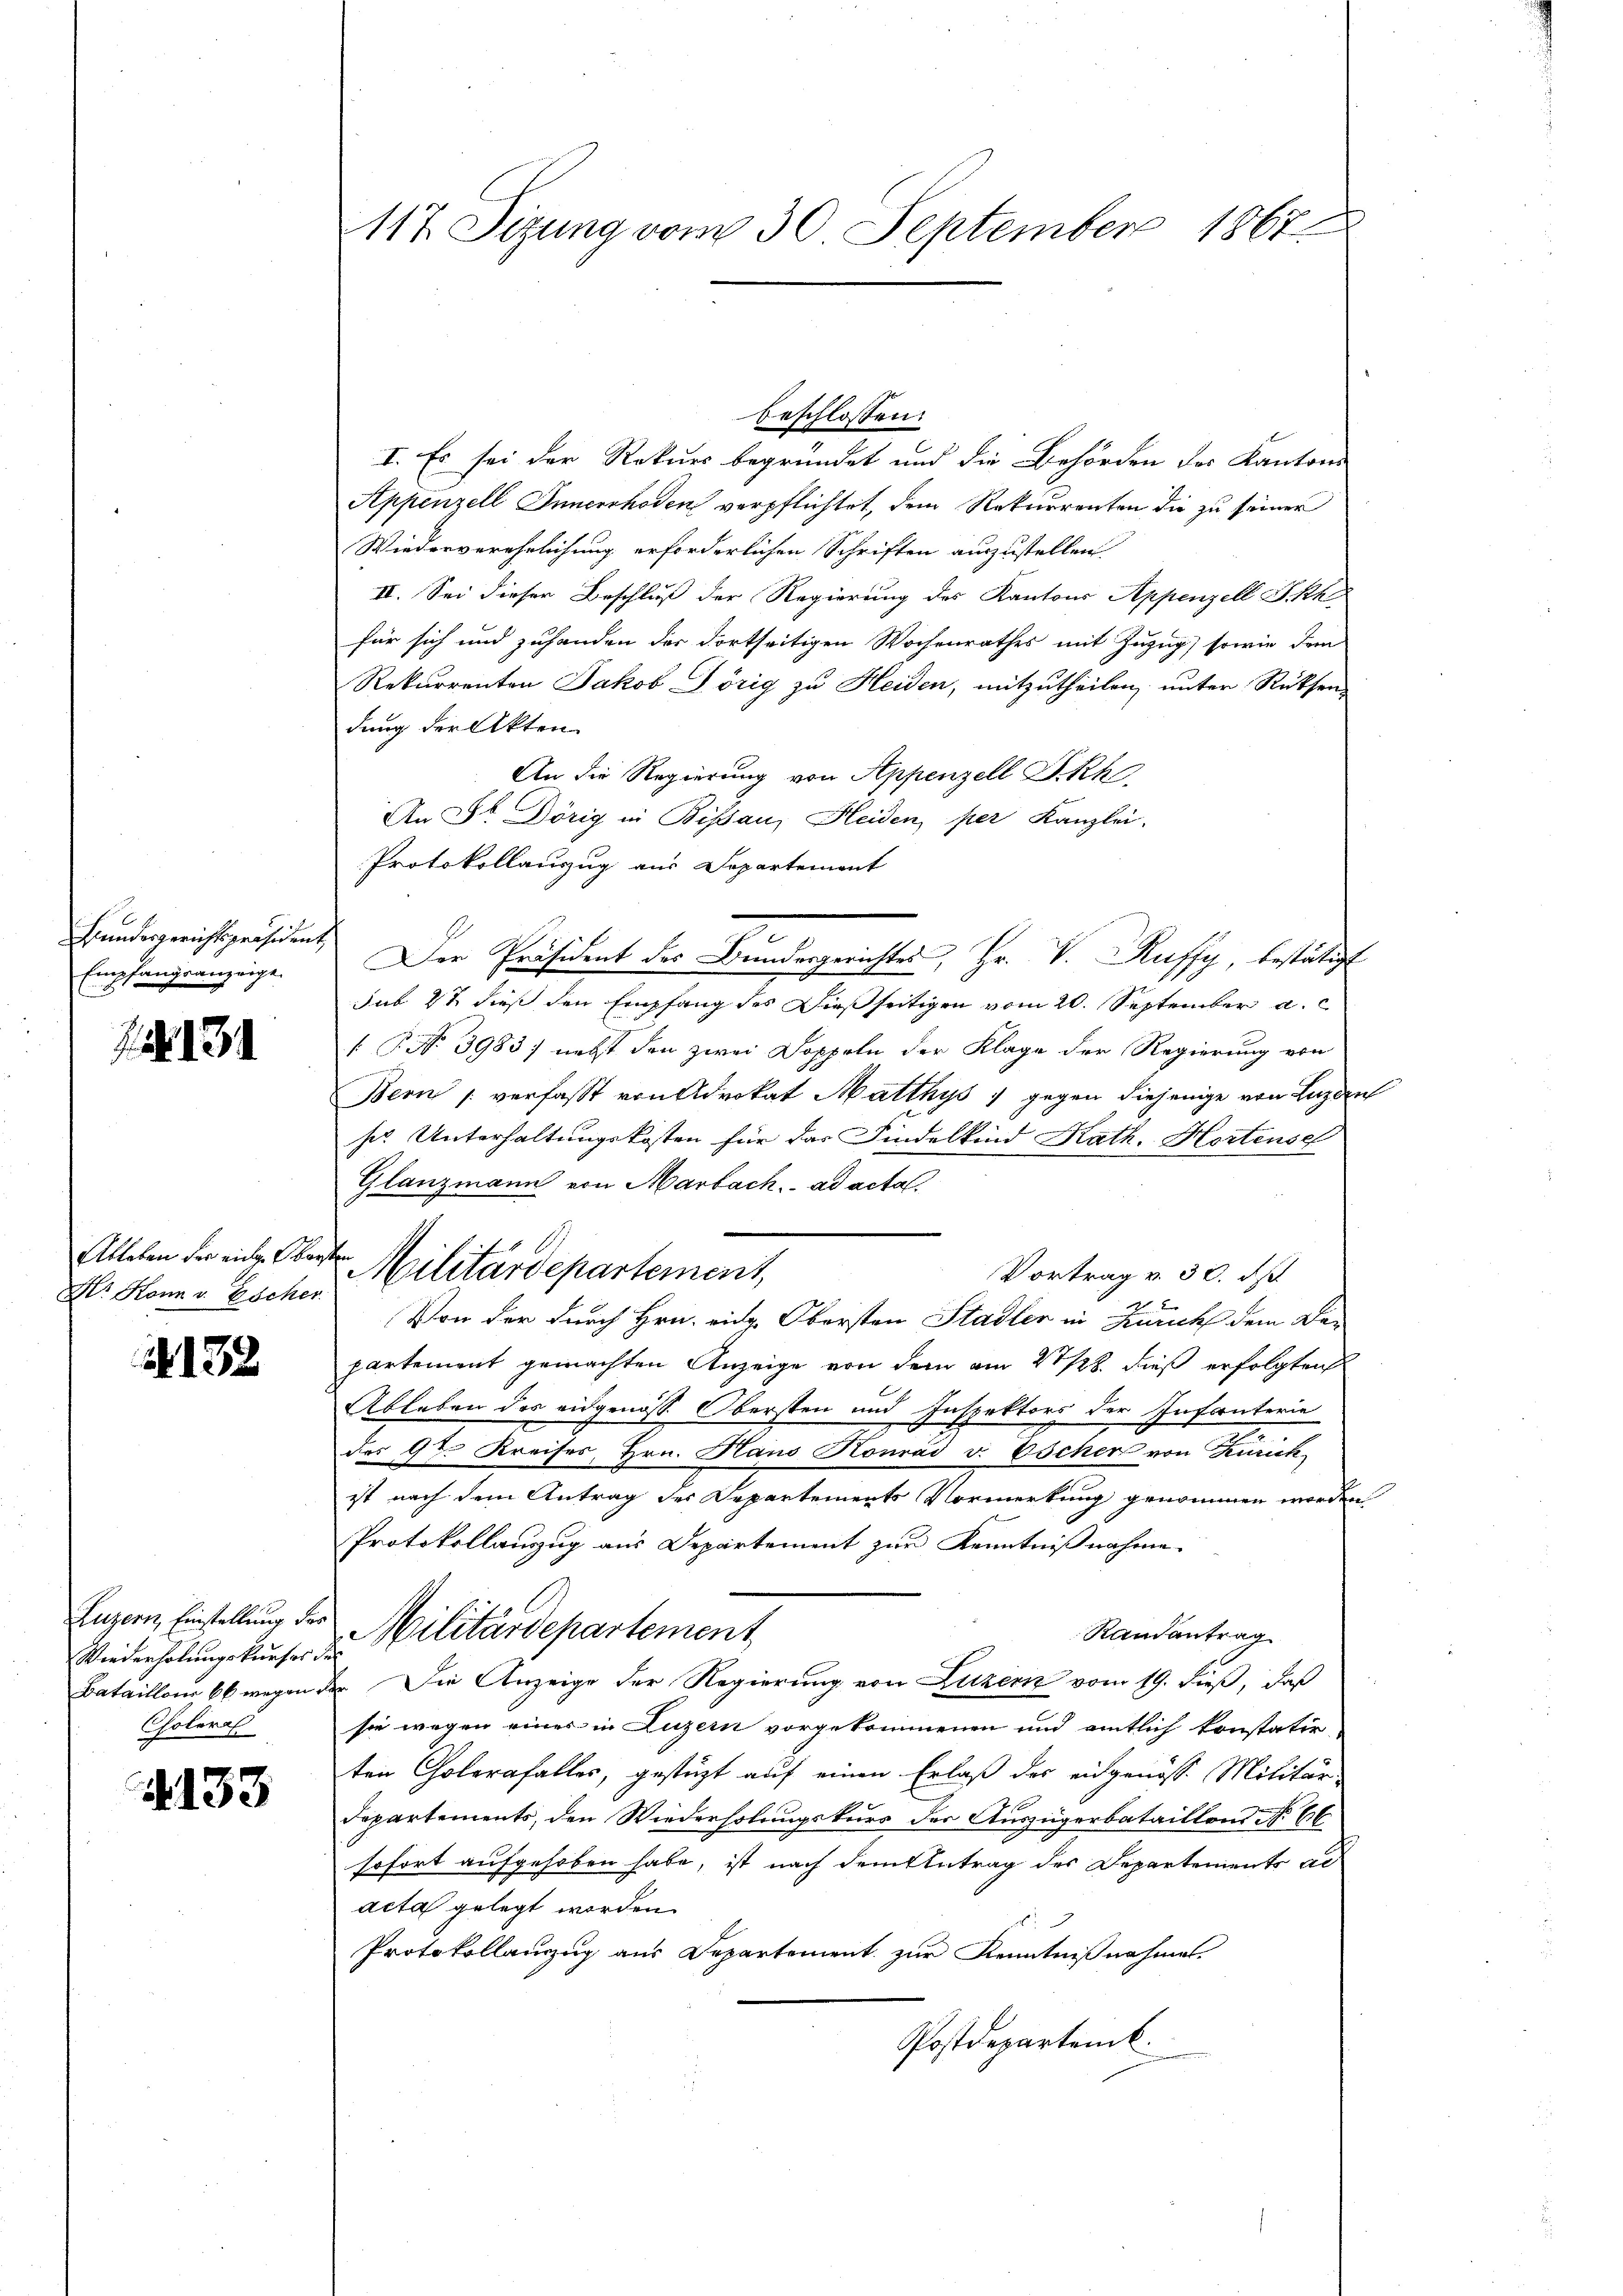
Bundesgerichtspräsident
Empfangsanzeige.

. 134

Ableben der eine Ober
Hr. Konn v. Escher

2132

Luzern, Einstellung der
Wiederholungskurses de
Bataillon 66 wegen d.
Choleral

4133

117. Sizung vom 30. September 1867

beschlossen:
I. Es sei der Rekurs begründet und die Behörden des Kantons
Appenzell Innerrhoden verpflichtet, dem Rekurrenten die zu seiner
Wiederverehelichung erforderlichen Schriften auszustellen.
IV. Sei dieser Beschluß der Regierung des Kantons Appenzell I.Rh
für sich und zuhanden der dortseitigen Wochenrathes mit Zuzug, sowie dem
Rekurrenten Jakob Törig zu Heiden, mitzutheilen, unter Rücksen
dung der Akten
An die Regierung von Appenzell I.Rh.
An Sr. Dörig in Bissan, Heiden, per Kanzlei.
Protokollauszug aus Departement
Der Präsident des Bundesgerichtes, Hr. V. Kuffy, bestätigt
sub 22 dieß den Empfang des Dießseitigen vom 20. September a.
 P. No 3983) nebst den zwei Doppeln der Klage der Regierung von
Bern verfasst von Advokat Matthys ; gegen diejenige von Luzern
her. Unterhaltungskosten für das Findelkind Kath. Hortense
Glanzmann von Marbach, ad acta.
.
Militärdepartement,
Vortrag v. 30. ds.
Von der durch Hrn. eid. Obersten Stadler in Zürich dem De-
partement gemachten Anzeige von dem am 27/28. dieß erfolgten
Ableben des eidgenoss Obersten und Inspektors der Infanterie
des 9t. Kreises, Hrn. Hans Konrad v. Escher von Zürich
ist nach dem Antrag des Departements Vormerkung genommen worden
Protokollanzug aus Departement zur Kenntnißnahme.
Militärdepartement
Randantrag
. Die Anzeige der Regierung von Luzern vom 19. dieß, daß
sie wegen eines in Luzern vorgekommenen und amtlich konstatir
ten Cholerafalles, gestüzt auf einen Erlaß des eidgenöss. Militär-
Departements, den Wiederholungskurs der Auszügerbataillons No 66.
sofort aufgehoben habe, ist nach dem Antrag des Departements al
acta gelegt worden.
Protokollanzug aus Departement zur Kenntnißnahme.
Postdepartemb.